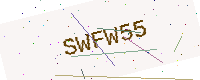
Text: SWFW55